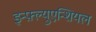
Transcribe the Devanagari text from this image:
इन्फ़्ल्युएन्शियल